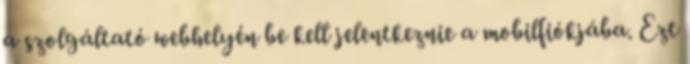
a szolgáltató webhelyén be kell jelentkeznie a mobilfiókjába. Ezt